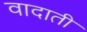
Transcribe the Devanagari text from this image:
वादाती